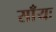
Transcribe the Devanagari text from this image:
साँयः